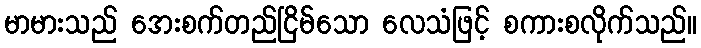
မာမားသည် အေးစက်တည်ငြိမ်သော လေသံဖြင့် စကားစလိုက်သည်။